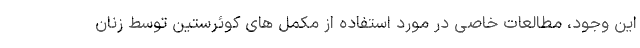
این وجود، مطالعات خاصی در مورد استفاده از مکمل های کوئرستین توسط زنان